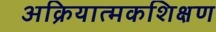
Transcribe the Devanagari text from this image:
अक्रियात्मकशिक्षण